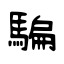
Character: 騙